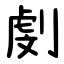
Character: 㓺